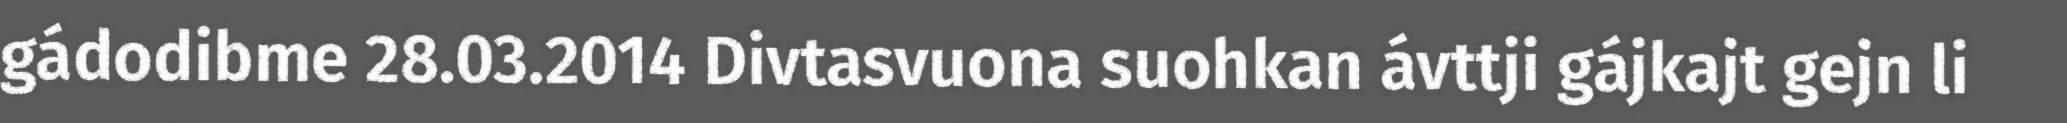
gádodibme 28.03.2014 Divtasvuona suohkan ávttji gájkajt gejn li